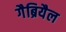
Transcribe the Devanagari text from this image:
गैब्रियैल